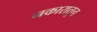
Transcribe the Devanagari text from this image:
नकारातून